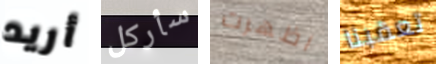
أريد سأركل اظهرت تعقبنا